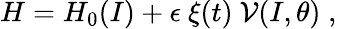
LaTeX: H=H_{0}(I)+\epsilon\ \xi(t)\ {\cal V}(I,\theta)\; ,